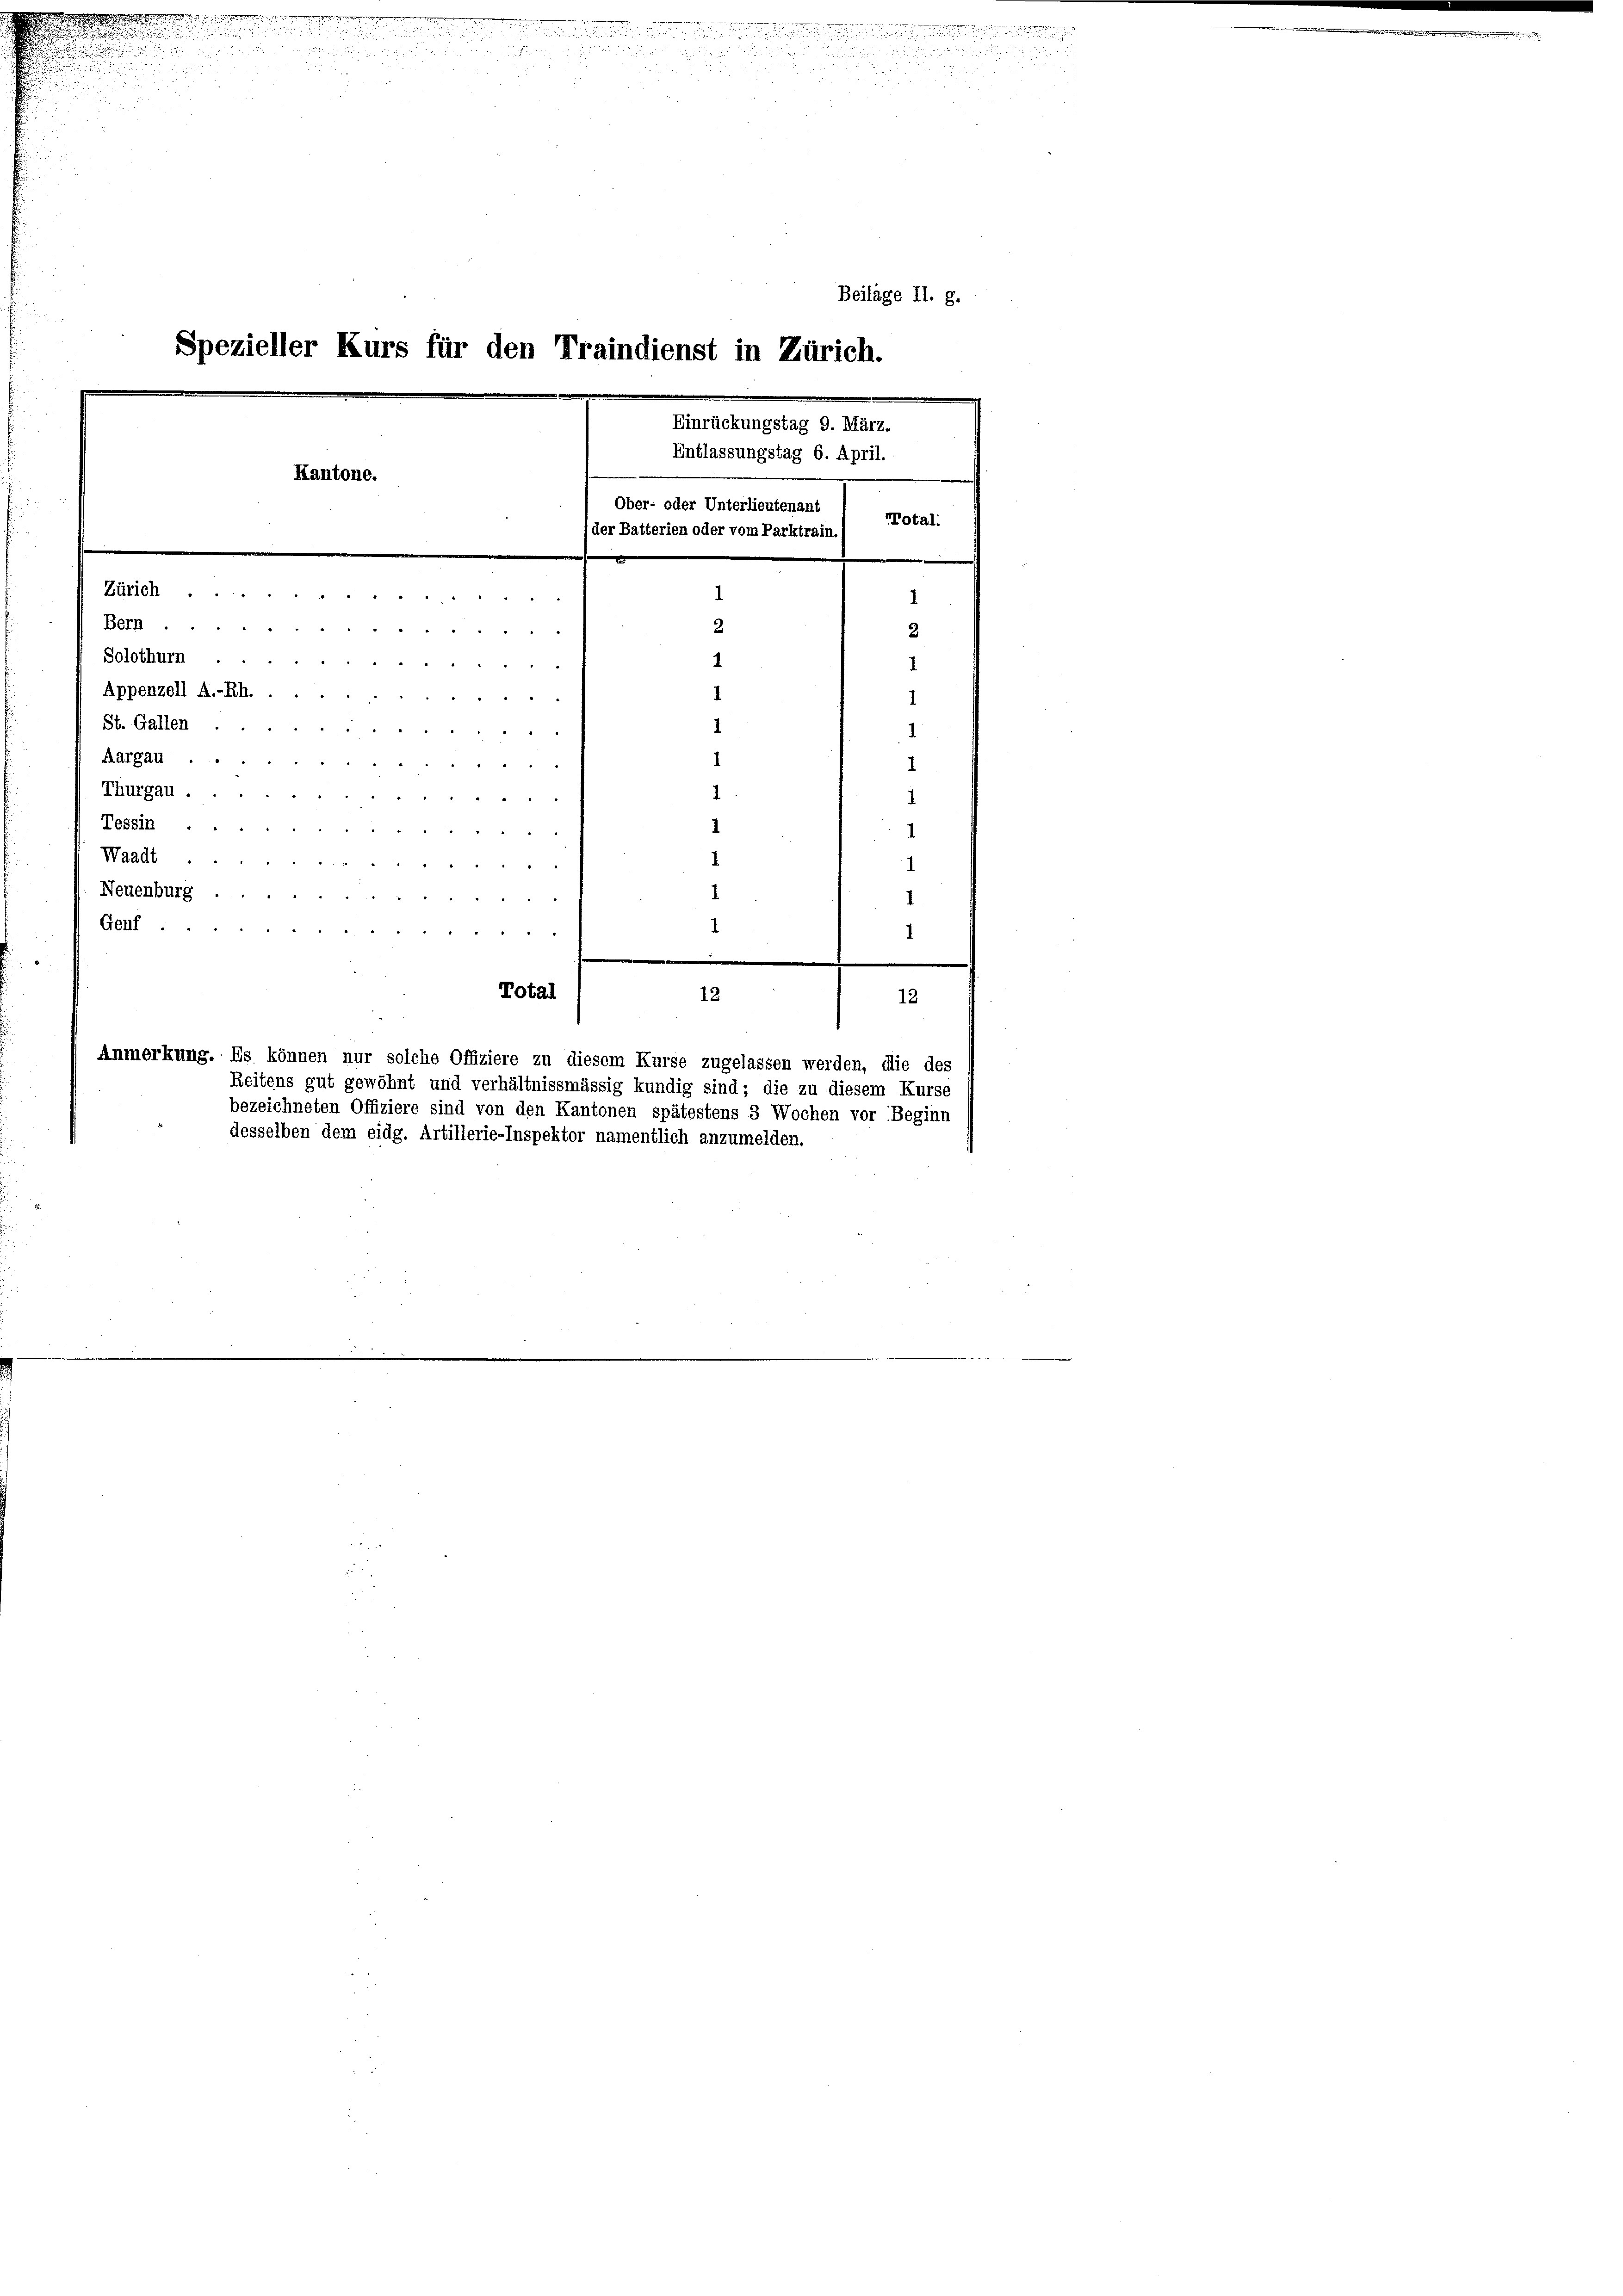
e

u

.

Zürich
Solothurn .
Appenzell A.-Rh. .
St. Gallen
Aargau
Thurgau.
Tessin
Waadt
Neuenburg

Genf.

Beilage II. g.
Spezieller Kurs für den Traindienst in Zürich.
Einrückungstag 9. März.
Entlassungstag 6. April.
Kantone.
Ober- oder Unterlieutenant
Total.

or Batterien oder vom Parktrain

1
  "     152
d
Beth
2
d
 § 8 § 8
1
" " " "
28 § 85
  xx 8

2
.
2
1

84 § 2
n
.
Total
12
15
Anmerkung. Es können nur solche Offiziere zu diesem Kurse zugelassen werden, die des
Reitens gut gewöhnt und verhältnissmässig kundig sind; die zu diesem Kurse
bezeichneten Offiziere sind von den Kantonen spätestens 3 Wochen vor Beginn
desselben dem eidg. Artillerie-Inspektor namentlich anzumelden.

1

1